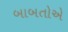
બાબતોએ